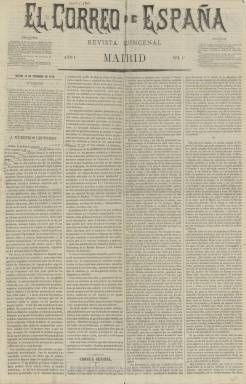
Título: El Correo de España (Madrid. 1870)
Colección: Revistas de información general
Ámbito geográfico: Madrid
Lugar de publicación: Madrid
Fechas: 13/09/1870-30/06/1872

Revista que comienza a publicarse el 13 de septiembre de 1870, fundada y dirigida por Rafael María de Labra (1841-1918), prolífico escritor y periodista, de ideas liberales y republicanas y líder del movimiento abolicionista, que en la década posterior será rector de la Institución Libre de Enseñanza (ILE). El propio De Labra expresará en su obra La cuestión colonial… (1898) que en su co-fundación intervino el también diputado y abogado Manuel Regidor y Jurado (-1899). En su primera entrega aparece indicado como gerente José Rafael Vizcarrondo, señalando la bibliografía de referencia que se trataría del también abolicionista, periodista y republicano Julio Vizcarrondo (1829-1899). El objetivo de la publicación fue tener “al público de nuestras colonias y de los países independientes de América al tanto del movimiento político, económico y social de Europa, y trabajar por la buena inteligencia y el progreso de la gran familia española”, tal como se expresa junto a su cabecera.

Este título forma parte de la prensa española del diecinueve que prestó especial interés a las cuestiones “americanistas” o de Ultramar -pues no sólo Cuba y Puerto Rico sino también Filipinas continuaban siendo colonias españolas-, junto a otros, como Revista española de ambos mundos (153-1844), La América (1857-1874 y 1879-1886), Revista hispano-americana (1864-1867), que había dirigido el propio De Labra, La Revista hispanoamericana (1881-1891) o La Unión iberoamericana (1886-1926). En este caso se trata de una revista de los reformistas españoles en cuestiones coloniales, en cuyo subtítulo aparecerá la indicación de “política, económica y literaria”, y cuyas páginas quedaron abiertas “a todos los matices” de la opinión o escuela “liberal-democrática”, teniendo también como objetivo “sostener la reforma radical del régimen vigente en las colonias españolas”, además de promover las relaciones de los pueblos hispano-americanos, e informar también del movimiento científico y literario de la época.

Para cumplir tales objetivos contó con un plantel de más de una treintena de redactores o colaboradores, comenzando por el citado Regidor, así como con Ángel Castro y Blanc, José Fernando González, José Echegaray, José Alcalá Galiano, Rafael García Santiesteban, Francisco Giner de los Ríos, y su hermano José Luis Giner (1842-1876), Benito Pérez Galdós, R. Foxá, J.A. García Labiano, Manuel Díaz Laviña, Francisco Lozano Muñoz, Ladislao del Corral, Antonio Cánovas del Castillo, Ramón de Campoamor, Antonio de los Ríos Rosas, Manuel de la Revilla, Manuel del Palacio, Federico de Castro, Joaquín María Sanromá, José Manuel Pascual, Arnaldo Mateos, Ventura Ruiz Aguilera, Luciano García del Real, Rafael Serrano Alcázar, Melchor Almagro o Gumersindo Azcárate, entre otros.

Es estampada en la Imprenta de José Noguera, y sus dos primeras entregas son de ocho páginas, compuestas a cuatro columnas. A partir de la tercera, reduce prácticamente su formato a la mitad, a la vez que aumenta su número de páginas a 32, y sale los días 13 y 28 de cada mes. A partir de la número 29, lo hace los días 15 y 30. Desde la número 35 es decenal, apareciendo los días 10, 20 y 30, y reduciendo las páginas a 24. Desde la número 39 lo serán sólo de 16 páginas. En la número 49 y última, de 30 de junio de 1872, además de anunciar su cese, expresará que se había propuesto ser “acentuado defensor de las libertades coloniales”. Cada entrega inserta un sumario y el del número anterior, y, al final de la colección elabora un Índice general de todos los trabajos insertos.

Cada entrega comienza siempre con una Crónica general, y tiene otras dedicadas a Madrid, Barcelona o Bilbao. También, una Revista de modas, firmada por Pilar Sinués de Marco, y otras de Noticias y de Prensa. El propio De Labra escribe, entre otros textos, una serie bajo el epígrafe Nuestras colonias, y otra sección será Política colonial. Así mismo, aparecen textos relativos a la política española y artículos sobre la guerra franco-prusiana. Galdós publica, entre otros, La carrera de San Jerónimo en 1820 y La pluma en el viento, o el viaje de la vida. Dedica también espacio a biografías. Algunos de sus textos van firmados con iniciales o algún seudónimo.

Referencias para el conocimiento de la labor intelectual y política de Rafael María de Labra son las obras de Ulpiano Vicente Hernández (1990), Almudena Hernández Ruigómez (1994), María Dolores Domingo Acebrón (2006) o la tesis doctoral de Fernando Laguna Ochoa (1990) en la Universidad Complutense. Para el caso de la colaboración de Galdós en la revista, el trabajo de Carmen Menéndez-Onrubia (2013). En relación con los seudónimos y las iniciales en la revista, véase el diccionario de Rogers y Lapuente (1977).